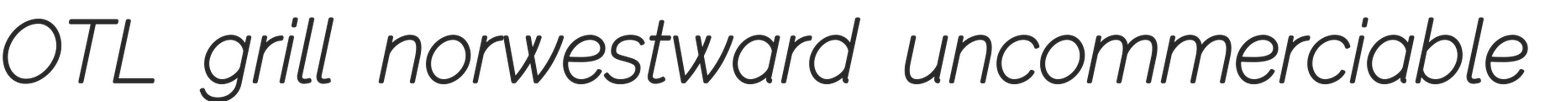
OTL grill norwestward uncommerciable